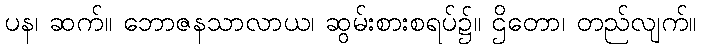
ပန၊ ဆက်။ ဘောဇနသာလာယ၊ ဆွမ်းစားစရပ်၌။ ဌိတော၊ တည်လျက်။